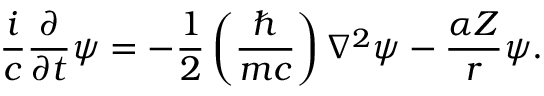
{ \frac { i } { c } } { \frac { \partial } { \partial t } } \psi = - { \frac { 1 } { 2 } } \left( { \frac { \hbar } { m c } } \right) \nabla ^ { 2 } \psi - { \frac { \alpha Z } { r } } \psi .